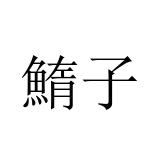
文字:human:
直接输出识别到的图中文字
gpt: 鰖子